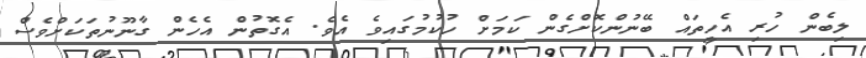
ލިބެން ހުރި އެހީތައް ބޭނުންކޮށްގެން ކަމަށް ހުކުމުގައިވެ އެވެ. އެގޮތުން އެހެން ގާނޫނުތަކަށްވެސް